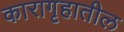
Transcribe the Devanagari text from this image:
कारागृहातील